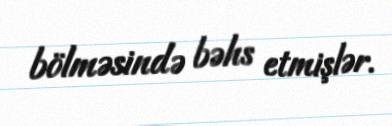
bölməsində bəhs etmişlər.